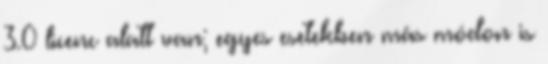
3.0 licenc alatt van; egyes esetekben más módon is